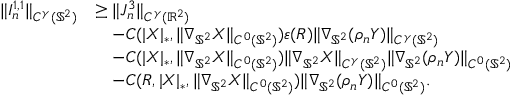
\begin{array} { r l } { \| I _ { n } ^ { 1 , 1 } \| _ { C ^ { \gamma } ( \mathbb { S } ^ { 2 } ) } } & { \geq \| J _ { n } ^ { 3 } \| _ { C ^ { \gamma } ( \mathbb { R } ^ { 2 } ) } } \\ & { \quad - C ( | \boldsymbol { X } | _ { * } , \| \nabla _ { \mathbb { S } ^ { 2 } } \boldsymbol { X } \| _ { C ^ { 0 } ( \mathbb { S } ^ { 2 } ) } ) \varepsilon ( R ) \| \nabla _ { \mathbb { S } ^ { 2 } } ( \rho _ { n } \boldsymbol { Y } ) \| _ { C ^ { \gamma } ( \mathbb { S } ^ { 2 } ) } } \\ & { \quad - C ( | \boldsymbol { X } | _ { * } , \| \nabla _ { \mathbb { S } ^ { 2 } } \boldsymbol { X } \| _ { C ^ { 0 } ( { \mathbb { S } ^ { 2 } } ) } ) \| \nabla _ { \mathbb { S } ^ { 2 } } \boldsymbol { X } \| _ { C ^ { \gamma } ( { \mathbb { S } ^ { 2 } } ) } \| \nabla _ { \mathbb { S } ^ { 2 } } ( \rho _ { n } \boldsymbol { Y } ) \| _ { C ^ { 0 } ( \mathbb { S } ^ { 2 } ) } } \\ & { \quad - C ( R , | \boldsymbol { X } | _ { * } , \| \nabla _ { \mathbb { S } ^ { 2 } } \boldsymbol { X } \| _ { C ^ { 0 } ( { \mathbb { S } ^ { 2 } } ) } ) \| \nabla _ { \mathbb { S } ^ { 2 } } ( \rho _ { n } \boldsymbol { Y } ) \| _ { C ^ { 0 } ( \mathbb { S } ^ { 2 } ) } . } \end{array}